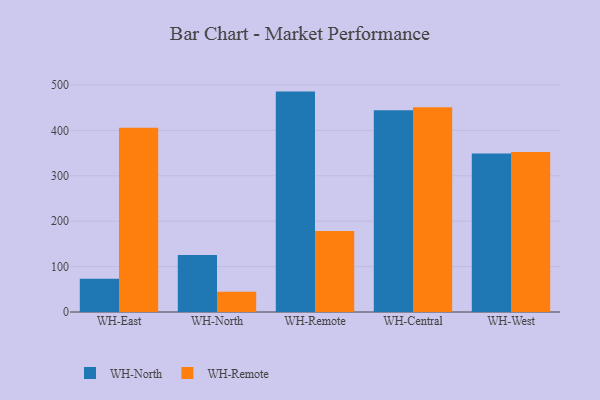
{"axis": {"x": "Warehouse", "y": "Website Visitors"}, "legend": ["WH-North", "WH-Remote"], "data": [{"x": "WH-East", "y": 73.0, "type": "WH-North"}, {"x": "WH-East", "y": 405.6, "type": "WH-Remote"}, {"x": "WH-North", "y": 125.4, "type": "WH-North"}, {"x": "WH-North", "y": 44.6, "type": "WH-Remote"}, {"x": "WH-Remote", "y": 485.5, "type": "WH-North"}, {"x": "WH-Remote", "y": 178.6, "type": "WH-Remote"}, {"x": "WH-Central", "y": 444.2, "type": "WH-North"}, {"x": "WH-Central", "y": 451.2, "type": "WH-Remote"}, {"x": "WH-West", "y": 349.2, "type": "WH-North"}, {"x": "WH-West", "y": 352.7, "type": "WH-Remote"}]}